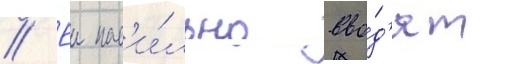
// Еи нас'и́льно вво́д'ят